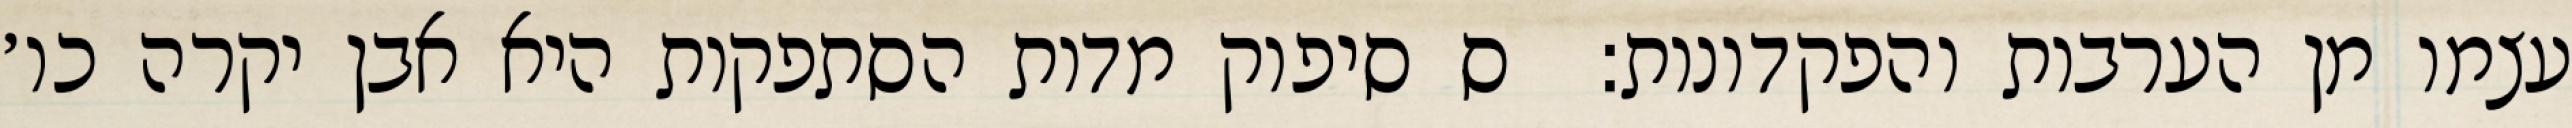
עצמו מן הערבות והפקדונות:  ס סיפוק מדות הסתפקות היא אבן יקרה כו׳